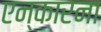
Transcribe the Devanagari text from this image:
एन्कारना